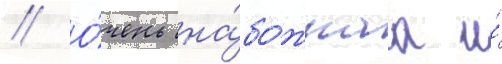
// О́чень на́божнаа и́